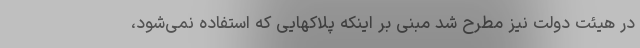
در هیئت دولت نیز مطرح شد مبنی بر اینکه پلاکهایی که استفاده نمی‌شود،